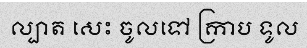
ល្បាត សេះ ចូលទៅ ក្រាប ទូល